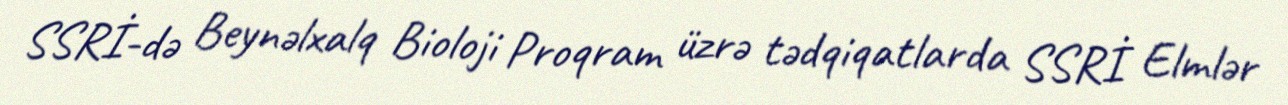
SSRİ-də Beynəlxalq Bioloji Proqram üzrə tədqiqatlarda SSRİ Elmlər